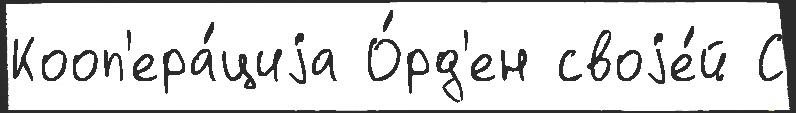
Кооп'ера́циjа О́рд'ен своjе́й С